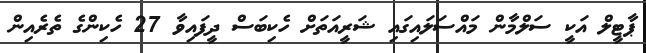
ޕާޓީލް އަކީ ސަލްމާން މައްސަލައިގައި ޝަރީއަތަށް ހެކިބަސް ދީފައިވާ 27 ހެކިންގެ ތެރެއިން